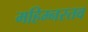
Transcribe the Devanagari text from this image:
महिम्नस्तव